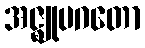
အဇ္ဈုပဂတော